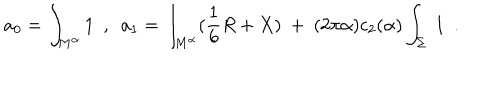
a _ { 0 } = \int _ { M ^ { \alpha } } 1 ~ ~ , ~ ~ a _ { 1 } = \int _ { M ^ { \alpha } } ( { \frac { 1 } { 6 } } R + X ) ~ + ~ ( 2 \pi \alpha ) c _ { 2 } ( \alpha ) \int _ { \Sigma } ~ 1 ~ ~ .